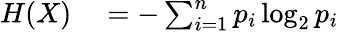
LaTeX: \begin{array}{rl}{H(X)}&{{}=-\sum_{i=1}^{n}p_{i}\log_{2}p_{i}}\end{array}